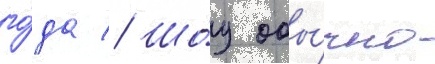
го́да // Шо́у обы́чно